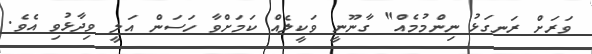
ވަރަށް ރަނގަޅު ނިންމުމެއް" ގާނޫނީ ވަކީލެއް ކަމަށްވާ ހަސަން އަލީ ވިދާޅުވި އެވެ.